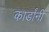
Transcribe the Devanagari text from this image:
कार्डांनी